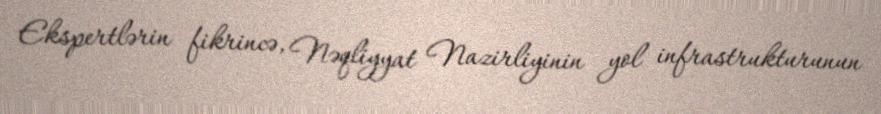
Ekspertlərin fikrincə, Nəqliyyat Nazirliyinin yol infrastrukturunun